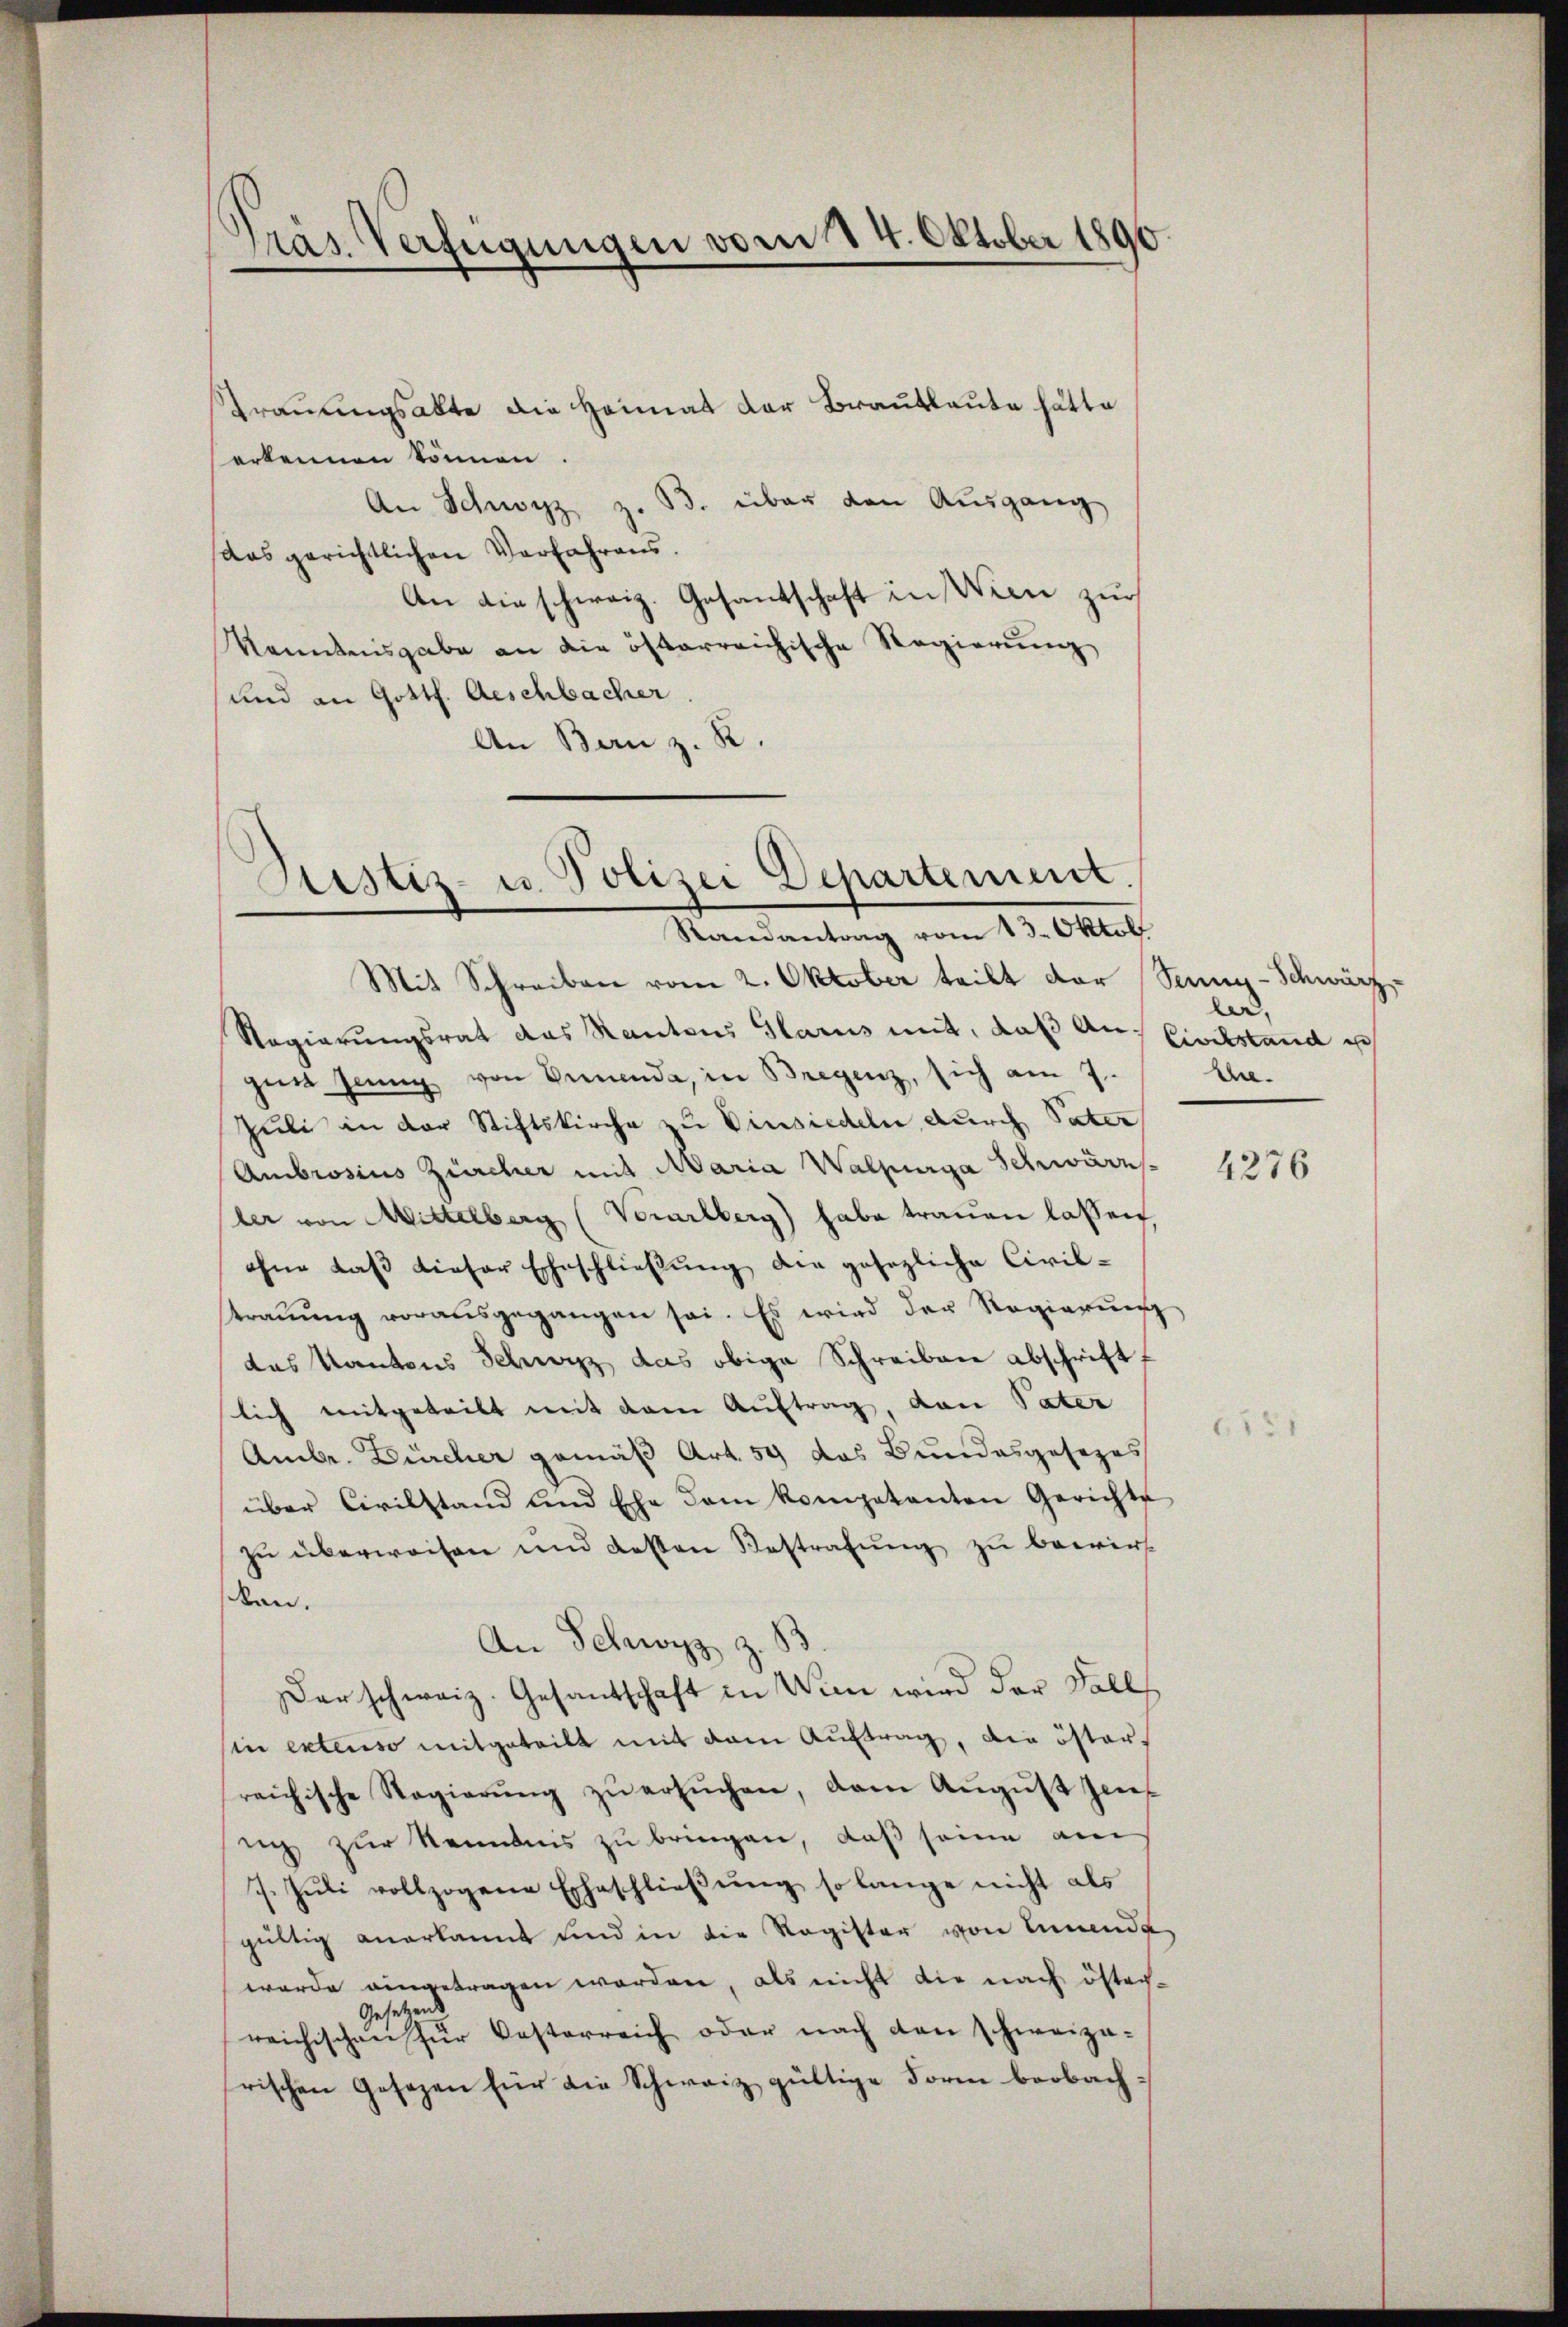
Präs. Verfügungen vom 14. Oktober 1890

Trauungsakte die Heimat der Brautleute hätte
erkennen können.
An Schwyz z. B. über den Ausgang
das gerichtlichen Verfahrens.
An die schweiz. Gesantschaft in Wien zur
Kenntnisgabe an die österreichische Regierung
und an Gottl. Geschbacher.
An Bern z. R.

Mit Schreiben vom 2. Oktober teilt der Senn-Schwärz
Regierungsrat das Kantons Glarus mit, daß An Civilstand ich
zin Jenny von Semenda, in Bregenz, sich am 7.
Juli in der Stiftskirche zu Einsiedeln durch Vater
Ambrosius Zürcher mit Maria Walpurga Schwärz
ler von Mittelberg (Verarlberg) habe traŭen lassen
ohne daβ dieser Eheschließung die gesezliche Civil-
traŭŭng vorausgegangen sei. Es wird der Regierung
das Kantons Schwyz das obige Schreiben abschrift f
lich mitgeteilt mit dem Auftrag, den Vater
Ambr. Dürcher gemäß Art. 59 das Bundesgesezes
über Civilstand und Ehe dem kompetenten Gerichte
zu überweisen und dessen Bestrafung zu bewirt
den.
An Schwyz z.
Der schweiz. Gesandschaft in Wien wird der Fall
sin extenso mitgeteilt mit dem Auftrag, die österreichische Regierŭng zŭ ersŭchen, dem Aŭgŭst Zins
sich zur Kenntnis zu bringen, daß seine am
7. Juli vollzogene Eheschließung so lange nicht als
gültig anerkannt und in die Register von Landt
wurde eingetragen worden, als nicht die nach öster-
Gesetzens
reichischen für Vesterreich oder nach den schweiza-
rischen Gesezen für die Schweiz gültige Form beobach¬

Sistiz- u. Polizei Departement.
Randantrag vom 13. Oktob

lid,
hne.

4276